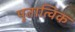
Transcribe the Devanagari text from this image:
पुतात्विक